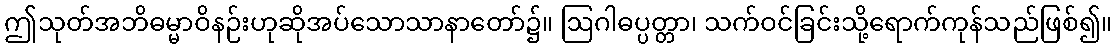
ဤသုတ်အဘိဓမ္မာဝိနဉ်းဟုဆိုအပ်သောသာနာတော်၌။ ဩဂါဓပ္ပတ္တာ၊ သက်ဝင်ခြင်းသို့ရောက်ကုန်သည်ဖြစ်၍။